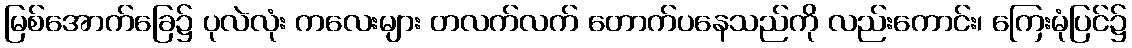
မြစ်အောက်ခြေ၌ ပုလဲလုံး ကလေးများ တလက်လက် တောက်ပနေသည်ကို လည်းကောင်း၊ ကြေးမုံပြင်၌